Annual vaccination report of Bihar and Orissa - 1911-1928
Year: 1911
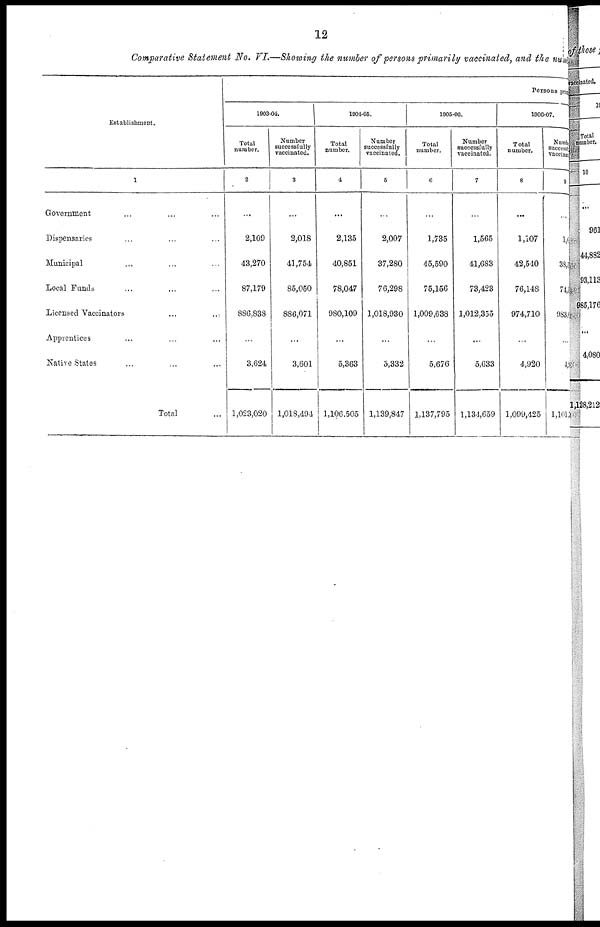
12
Comparative Statement No. VI.—Showing the number of persons primarily vaccinated, and the numb
Establishment.
1
Government ... ... ...
Dispensaries ... ... ...
Municipal ... ... ...
Local Funds ... ... ...
Licensed Vaccinators
...
...
Apprentices ... ... ...
Native States ... ... ...
Total ...
Persons pri m
1903-04.
Total
number.
2
...
2,109
43,270
87,179
886,838
...
3,624
1,023,020
Number
successfully
vaccinated.
3
...
2,018
41,754
85,050
886,071
...
3,601
1,018,494
1904-05.
Total
number.
4
...
2,135
40,851
78,047
980,109
...
5,363
1,106,505
Number
successfully
vaccinated.
5
...
2,007
37,280
76,298
1,018,930
...
5,332
1,139,847
1905-06.
Total
number.
6
...
1,735
45,590
75,156
1,009,638
...
5,676
1,137,795
Number
successfully
vaccinated.
7
...
1,565
41,683
73,423
1,012,355
...
5,633
1,134,659
1906-07.
Total
number.
8
...
1,107
42,540
76,148
974,710
...
4,920
1,099,425
Number
successfully
vaccinated
9
...
1, 0
38,2
741
983,0
...
4, 9
1,1013